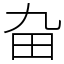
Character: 𤰚